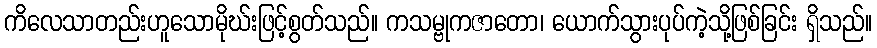
ကိလေသာတည်းဟူသောမိုဃ်းဖြင့်စွတ်သည်။ ကသမ္ဗုကဇာတော၊ ယောက်သွားပုပ်ကဲ့သို့ဖြစ်ခြင်း ရှိသည်။